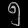
Digit: ၅